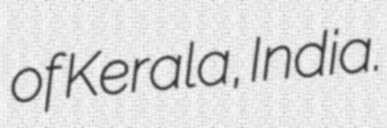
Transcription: of Kerala, India.